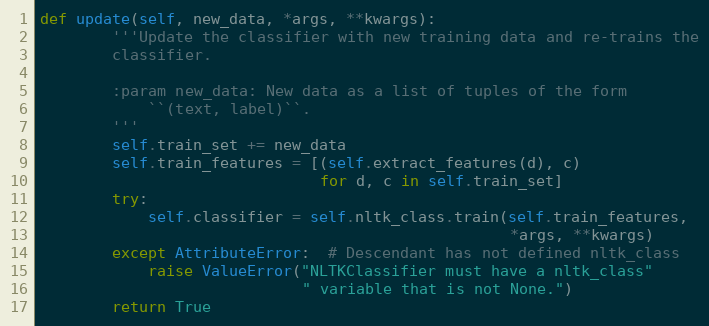
Language: Python
def update(self, new_data, *args, **kwargs):
        '''Update the classifier with new training data and re-trains the
        classifier.

        :param new_data: New data as a list of tuples of the form
            ``(text, label)``.
        '''
        self.train_set += new_data
        self.train_features = [(self.extract_features(d), c)
                               for d, c in self.train_set]
        try:
            self.classifier = self.nltk_class.train(self.train_features,
                                                    *args, **kwargs)
        except AttributeError:  # Descendant has not defined nltk_class
            raise ValueError("NLTKClassifier must have a nltk_class"
                             " variable that is not None.")
        return True